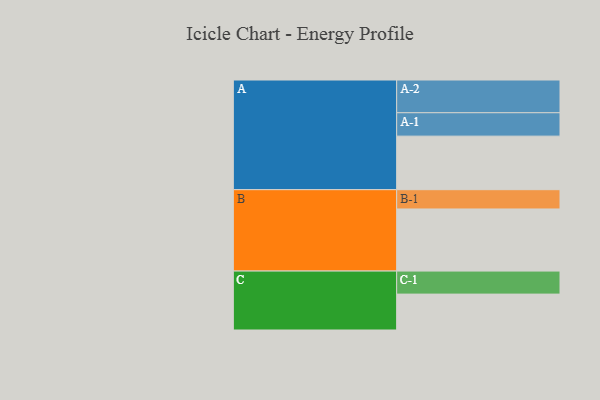
{"axis": {"x": "Segment", "y": "Value"}, "legend": ["", "A", "B", "C"], "data": [{"x": "A", "y": 458, "type": ""}, {"x": "B", "y": 531, "type": ""}, {"x": "C", "y": 307, "type": ""}, {"x": "A-1", "y": 200, "type": "A"}, {"x": "A-2", "y": 280, "type": "A"}, {"x": "B-1", "y": 165, "type": "B"}, {"x": "C-1", "y": 197, "type": "C"}]}